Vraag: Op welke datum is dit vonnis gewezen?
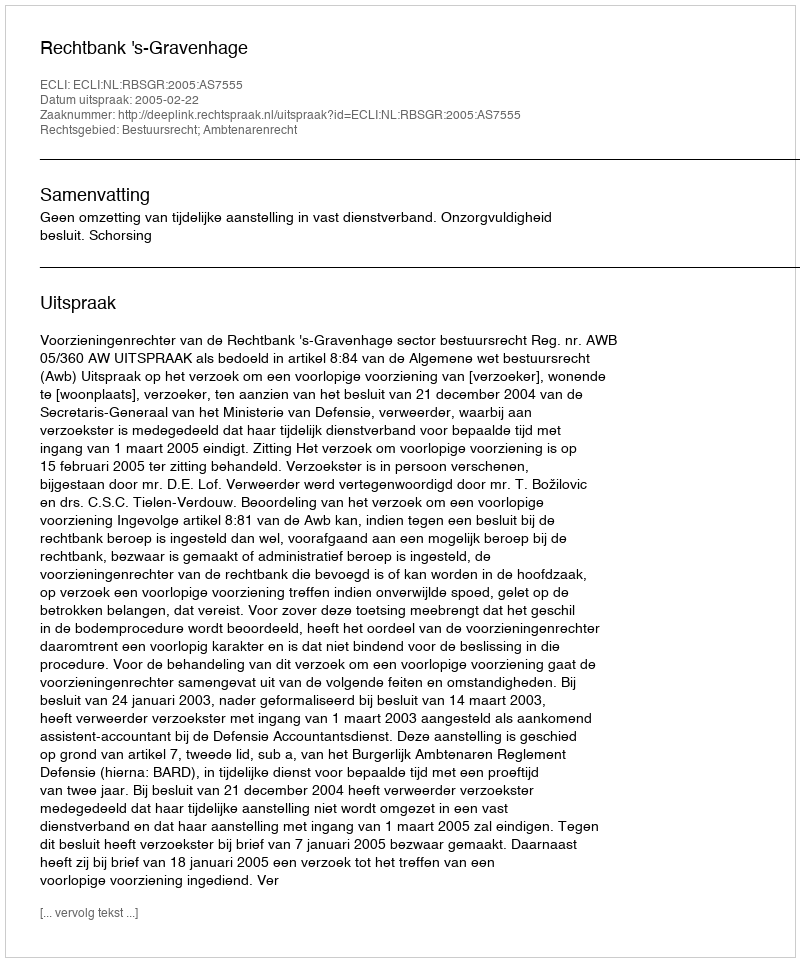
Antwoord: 2005-02-22